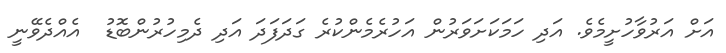
އަށް އަރުވާހުށީމެވެ. އަދި ހަމަކަށަވަރުން އަހުރެމެންކުރެ ގަދަފަދަ އަދި ދެމިހުރުންބޮޑު  އެއްދެވޭނީ